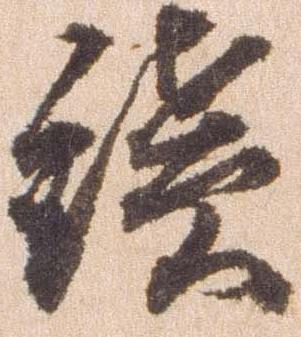
続